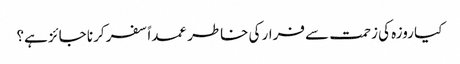
کیا روزہ کی زحمت سے فرار کی خاطر عمداً سفر کرنا جائز ہے؟